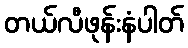
တယ်လီဖုန်းနံပါတ်